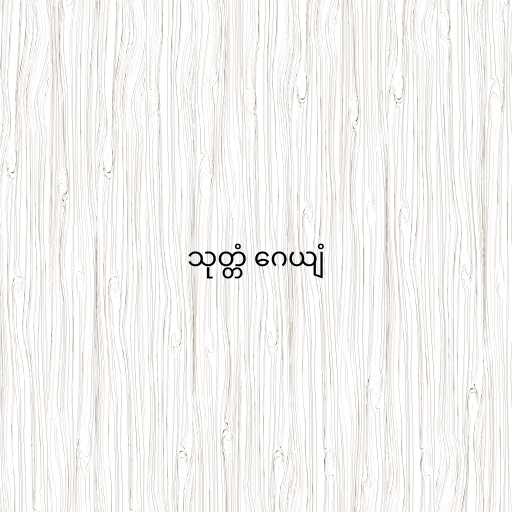
သုတ္တံ ဂေယျံ